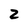
Character: 2